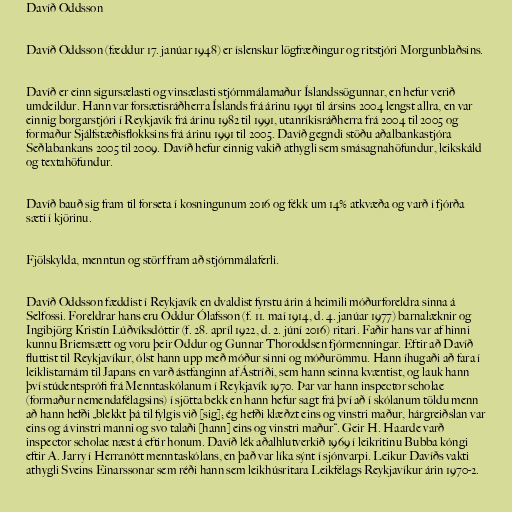
Davíð Oddsson

Davíð Oddsson (fæddur 17. janúar 1948) er íslenskur lögfræðingur og ritstjóri Morgunblaðsins.

Davíð er einn sigursælasti og vinsælasti stjórnmálamaður Íslandssögunnar, en hefur verið
umdeildur. Hann var forsætisráðherra Íslands frá árinu 1991 til ársins 2004 lengst allra, en var
einnig borgarstjóri í Reykjavík frá árinu 1982 til 1991, utanríkisráðherra frá 2004 til 2005 og
formaður Sjálfstæðisflokksins frá árinu 1991 til 2005. Davíð gegndi stöðu aðalbankastjóra
Seðlabankans 2005 til 2009. Davíð hefur einnig vakið athygli sem smásagnahöfundur, leikskáld
og textahöfundur.

Davíð bauð sig fram til forseta í kosningunum 2016 og fékk um 14% atkvæða og varð í fjórða
sæti í kjörinu.

Fjölskylda, menntun og störf fram að stjórnmálaferli.

Davíð Oddsson fæddist í Reykjavík en dvaldist fyrstu árin á heimili móðurforeldra sinna á
Selfossi. Foreldrar hans eru Oddur Ólafsson (f. 11. maí 1914, d. 4. janúar 1977) barnalæknir og
Ingibjörg Kristín Lúðvíksdóttir (f. 28. apríl 1922, d. 2. júní 2016) ritari. Faðir hans var af hinni
kunnu Briemsætt og voru þeir Oddur og Gunnar Thoroddsen fjórmenningar. Eftir að Davíð
fluttist til Reykjavíkur, ólst hann upp með móður sinni og móðurömmu. Hann íhugaði að fara í
leiklistarnám til Japans en varð ástfanginn af Ástríði, sem hann seinna kvæntist, og lauk hann
því stúdentsprófi frá Menntaskólanum í Reykjavík 1970. Þar var hann inspector scholae
(formaður nemendafélagsins) í sjötta bekk en hann hefur sagt frá því að í skólanum töldu menn
að hann hefði „blekkt þá til fylgis við [sig]; ég hefði klæðzt eins og vinstri maður, hárgreiðslan var
eins og á vinstri manni og svo talaði [hann] eins og vinstri maður“. Geir H. Haarde varð
inspector scholae næst á eftir honum. Davíð lék aðalhlutverkið 1969 í leikritinu Bubba kóngi
eftir A. Jarry í Herranótt menntaskólans, en það var líka sýnt í sjónvarpi. Leikur Davíðs vakti
athygli Sveins Einarssonar sem réði hann sem leikhúsritara Leikfélags Reykjavíkur árin 1970-2.